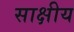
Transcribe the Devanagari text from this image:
साक्षीय